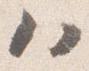
ハ